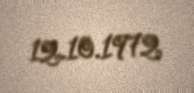
12.10.1972